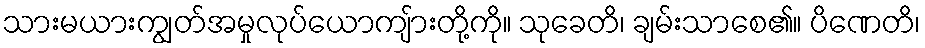
သားမယားကျွတ်အမှုလုပ်ယောကျ်ားတို့ကို။ သုခေတိ၊ ချမ်းသာစေ၏။ ပိဏေတိ၊